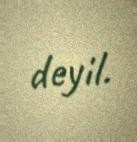
deyil.